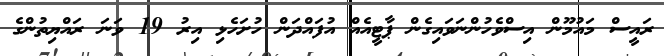
ރައީސް މައުމޫން އިސްވެހުންނަވައިގެން ޕާޓީއެއް އުފައްދަން ހުށަހެޅި އިރު 19 ވަނަ ރައްޔިތުންގެ